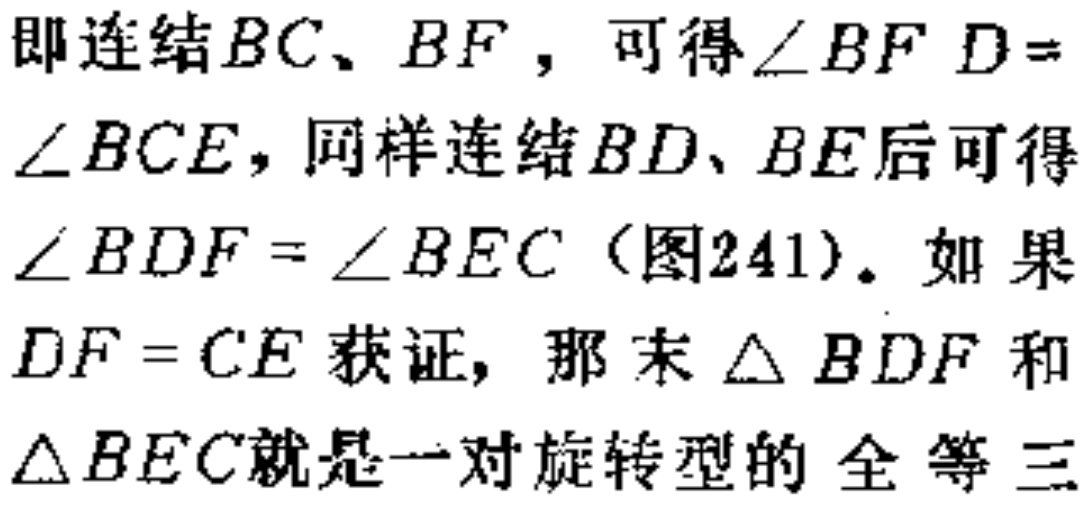
即连结$BC$、$BF$，可得$\angle BFD = \angle BCE$，同样连结$BD$、$BE$后可得$\angle BDF=\angle BEC$（图241）。如果$DF = CE$获证，那末$\triangle BDF$和$\triangle BEC$就是一对旋转型的 全等三